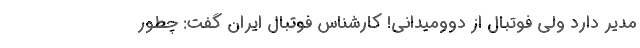
مدیر دارد ولی فوتبال از دوومیدانی! کارشناس فوتبال ایران گفت: چطور